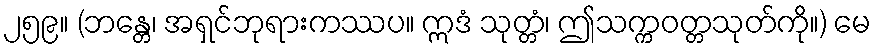
၂၅၉။ (ဘန္တေ၊ အရှင်ဘုရားကဿပ။ ဣဒံ သုတ္တံ၊ ဤသက္ကဝတ္တသုတ်ကို။) မေ